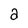
Character: a